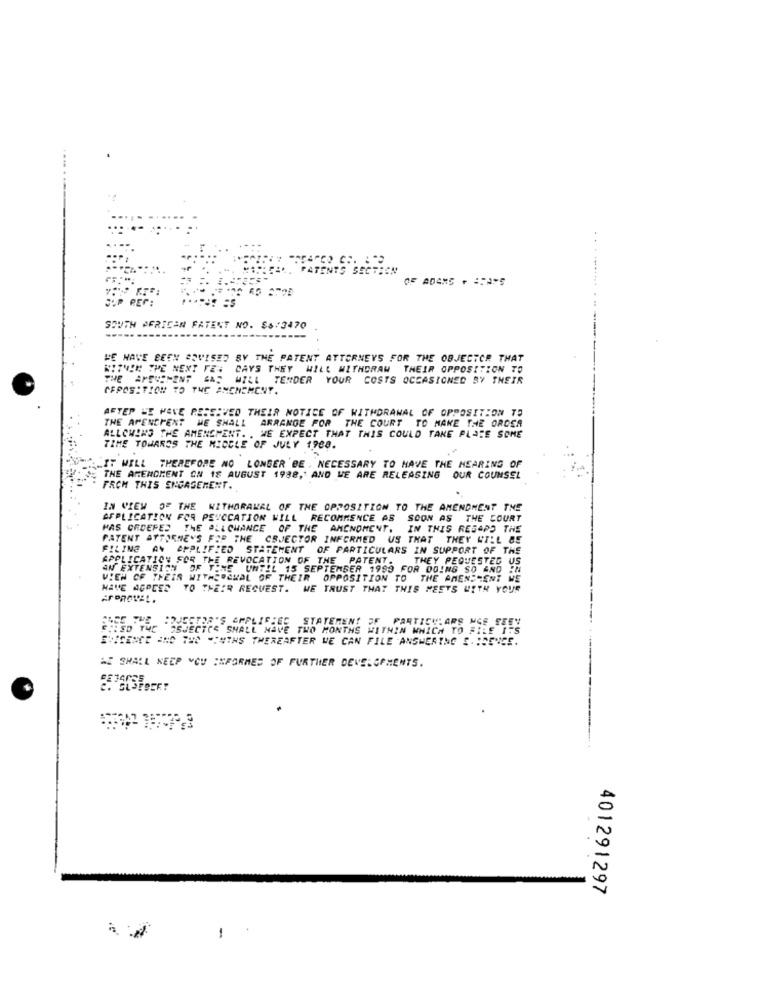
..:
...
PATENTS SEC
.......
OF ADAMS . STA-5
ere.
SOUTH AFRICAN PATENT NO. S&/3470
WE HAVE BEEN SOVISED BY THE PATENT ATTORNEYS FOR THE OBJECTOR THAT
WITHIN THE NEXT FE: CAYS THEY WILL WITHDRAW THEIR OPPOSITION TO
THEIR OPPOSITION TO
TENDER YOUR COSTS OCCASIONED BY THEIR
CFPOSITION TO THE AMENDMENT.
AFTER WE HAVE RECEIVED THEIR NOTICE OF WITHDRAWAL OF OPPOSITION TO
THE APENCHENT WE SHALL ARRANGE FOR THE COURT TO MAKE THE ORDER
ALLCHINS THE AMENDMENT. . WE EXPECT THAT THIS COULD TAKE PLACE SOME
TIME TOWARDS THE MIDDLE OF JULY 1988.
. IT WILL THEREFORE NO LONGER BE , NECESSARY TO HAVE THE HEARING OF
THE AMENDMENT ON 18 AUGUST 1988, AND WE ARE RELEASING OUR COUNSEL
FACH THIS ENGAGEMENT.
IN VIEW OF THE WITHDRAWAL OF THE OPPOSITION TO THE AMENDMENT THE
APPLICATION FOR PEUCCATION WILL RECOMMENCE AS SOON AS THE COURT
MAS ORDEPED THE ALLCHANCE OF THE AMENDMENT. IN THIS RESAPO THE
PATENT ATTORNEYS FOR THE CSJECTOR INFORMED US THAT THEY WILL BE
FILING AN AMPLIFIED STATEMENT OF PARTICULARS IN SUPPORT OF THE
APPLICATION FOR THE REVOCATION OF THE PATENT.
THEY PEQUESTEG U
AN EXTENSION OF TIME UNTIL 15 SEPTEMBER 1999 F
983 FOR DOING SO AND !
VIEW OF THEIR WITHEROMAL OF THEIR OPPOSITION TO THE AMENDMENT WE
HAVE AGREED TO THEIR REQUEST. WE TRUST THAT THIS MEETS WITH YOUR
STATEMENT OF PARTICULARS MCE SEEY
FISD THE "SSJECTCE SHALL MAVE TWO MONTHS WITHIN WHICH TO FILE ITS
SUISENCE AND THE "INTHS THEREAFTER WE CAN FILE ANSWERING S. : SENCE.
WE SHALL KEEP YOU INFORMES OF FURTHER DEVELOPMENTS.
401291297
1